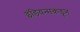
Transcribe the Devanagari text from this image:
इंडियन्सकडून